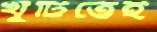
খুঁটিতেই